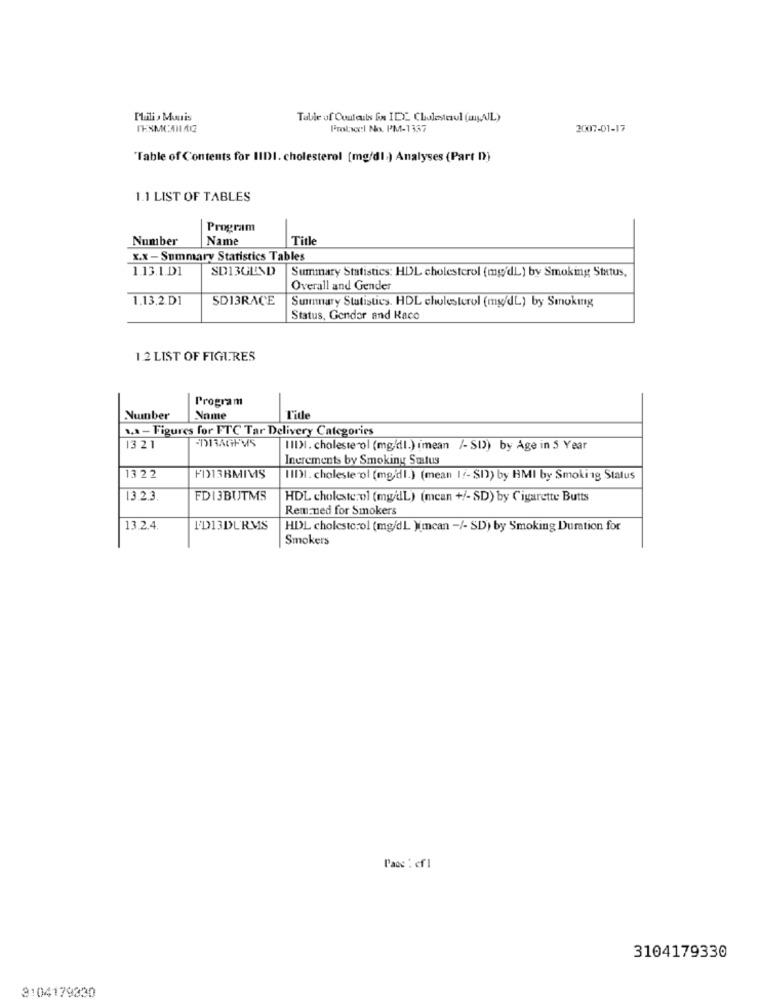
Mili, Muuis
Table of Contents fix ID: Chuletaul (myAL)
Protocol No. PM-1337
2007-01-17
"Table of Contents for IIDI. cholesterol [mg/dl.) Analyses (Part D)
1.1 LIST OF TABLES
Program
Number
Name
Titl
X.X -Summary Statistics Tables
1.13.1.D1
SD13GEND
Summary Statistics: HDL cholesterol (mg'dL) by Smoking Status,
Overall and Gender
1.13.2.D1
SD13RACE
Summary Statistics. HDL cholesterol (mg/dL) by Smoking
Status, Gender and Race
12 LIST OF FIGURES
Program
Number
Name
Title
1.a - Figures for FTC Tar Delivery Categories
SDRRAGEMS
13 21
III)I, cholesterol (mg/l.) imean /- SD) by Age in 5 Year
Increments by Smoking Status
13 22
FI13BMIMS
IIDI. cholesterol (mg/dl.) (mean 17-SD) by HMI by Smoking Status
13.2.3
FDI3BUTMS
HDL cholesterol (mg/L) (mcan +/- SD) by Cigarette Butts
Rem ned for Smokers
13.2.4
FD13DURMS
HDL cholesterol (mg/dl )imcan -/- SD) by Smoking Duration for
Smokers
Pace : cf 1
3104179330
3104179330